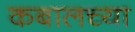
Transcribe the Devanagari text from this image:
कबालच्या